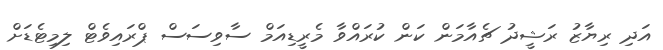
އަދި ރިޔާޒު ރަޝީދު ޗެއާމަން ކަން ކުރައްވާ މެރީޑިއަމް ސާވިސަސް ޕްރައިވެޓް ލިމިޓެޑަށް